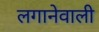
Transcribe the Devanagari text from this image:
लगानेवाली